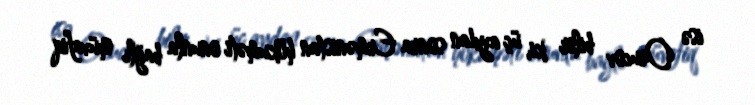
isə Orucov bilir ki, üç aydan sonra Ermənistan hökuməti onunla bağlı müvafiq